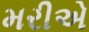
મરીએ